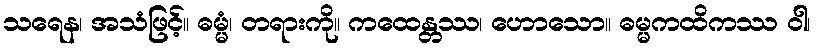
သရေန၊ အသံဖြင့်။ ဓမ္မံ၊ တရားကို။ ကထေန္တဿ၊ ဟောသော။ ဓမ္မကထိကဿ ဝါ၊